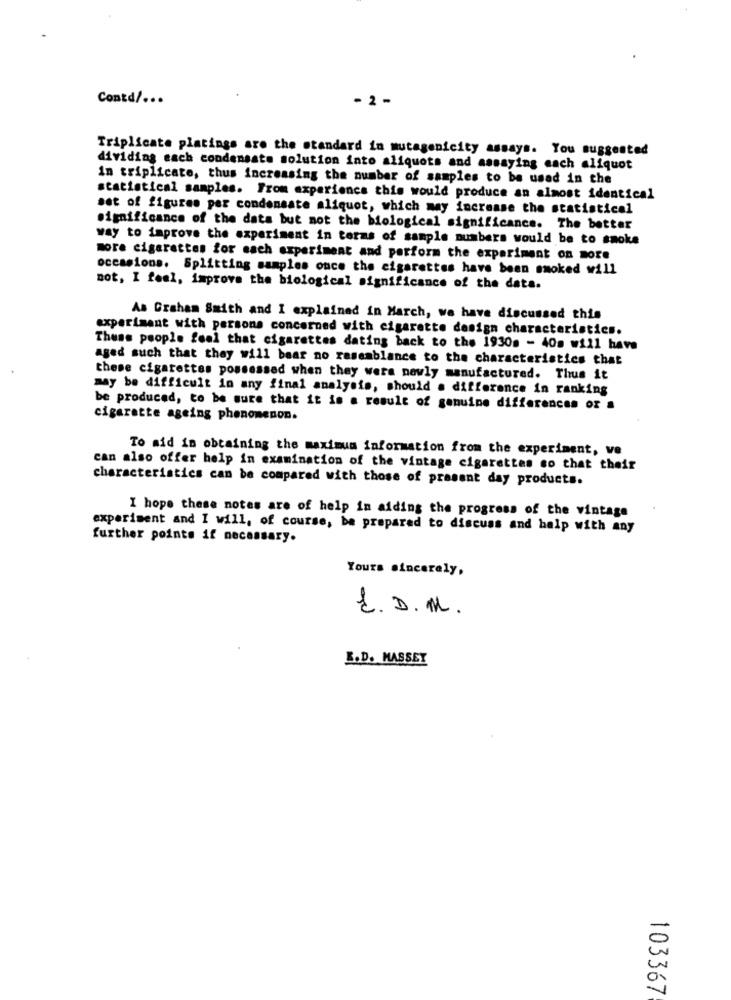
Contd/ ...
- 2 -
Triplicate platings are the standard in mutagenicity assays. You suggested
dividing each condensate solution into aliquots and assaying each aliquot
In triplicate, thus increasing the number of samples to be used in the
statistical samples. From experience this would produce an almost identical
set of figures per condensate aliquot, which may increase the statistical
significance of the data but not the biological significance. The better
way to improve the experiment in terms of sample mumbers would be to smoke
more cigarettes for mach experiment and perform the experiment on more
occasions. Splitting samples once the cigarettes have been smoked will
not, I feel, improve the biological significance of the data.
As Graham Smith and I explained in March, we have discussed this
experiment with persons concerned with cigarette design characteristics.
These people feel that cigarettes dating back to the 1930s - 40s will have
aged such that they will bear no rasemblance to the characteristics that
these cigarettes possessed when they were newly manufactured. Thus it
may be difficult in any final analysis, should a difference in ranking
be produced, to be sure that it is a result of genuine differences or .
cigarette ageing phenomenon.
To aid in obtaining the maximum information from the experiment, ve
can also offer help in examination of the vintage cigarettes so that their
characteristics can be compared with those of present day products.
I hope these notes are of help in aiding the progress of the vintage
experiment and I will, of course, be prepared to discuss and help with any
further points if necessary.
Yours sincerely,
E. D. M.
L.D. MASSEY
103367